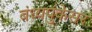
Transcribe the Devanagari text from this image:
बंध्यपुंकेसर